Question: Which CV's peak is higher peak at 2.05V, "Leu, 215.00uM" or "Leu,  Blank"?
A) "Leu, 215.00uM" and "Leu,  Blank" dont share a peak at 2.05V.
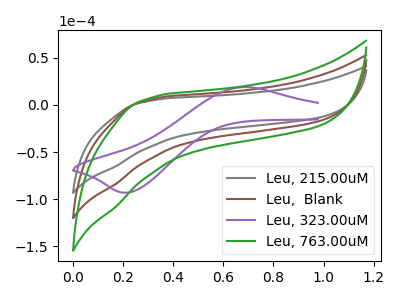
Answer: <think>The gray curve "Leu, 215.00uM" has no peaks. The brown curve "Leu,  Blank" has no peaks. The purple curve "Leu, 323.00uM" has an anodic peak at (0.70V, 19.05uA) and a cathodic peak at (0.20V, -93.30uA). The green curve "Leu, 763.00uM" has no peaks.</think>
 <answer>A) "Leu, 215.00uM" and "Leu,  Blank" dont share a peak at 2.05V.</answer>
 <eval>A</eval>